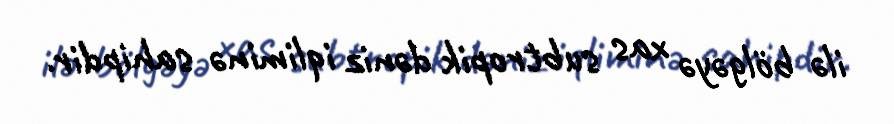
ilə bölgəyə xas subtropik dəniz iqliminə sahipdir.